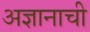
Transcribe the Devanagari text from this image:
अज्ञानाची